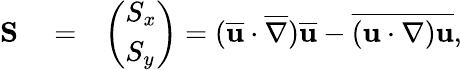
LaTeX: \begin{array}{rlr}{\mathbf{S}}&{{}=}&{\left(\begin{array}{l}{{S}_{x}}\\ {{S}_{y}}\end{array}\right)=(\overline{{\mathbf{u}}}\cdot\overline{{\nabla}})\overline{{\mathbf{u}}}-\overline{{(\mathbf{u}\cdot\nabla)\mathbf{u}}},}\end{array}